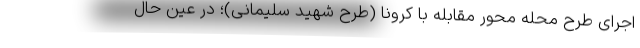
اجرای طرح محله محور مقابله با کرونا (طرح شهید سلیمانی)؛ در عین حال